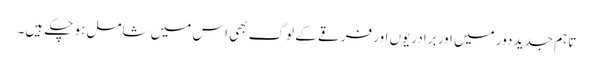
تاہم جدید دور میں اور برادریوں اور فرقے کے لوگ بھی اس میں شامل ہو چکے ہیں۔